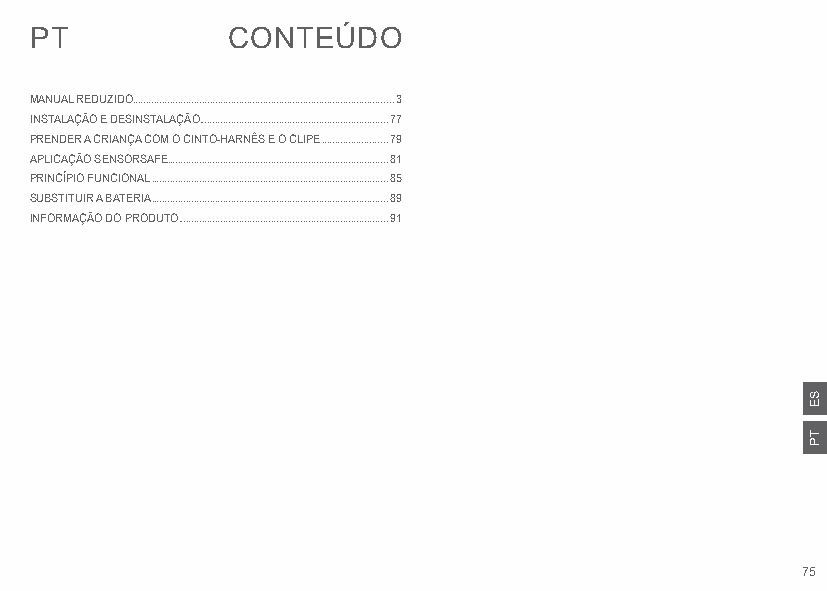
PT           CONTEÚDO
 MANUAL REDUZIDO..................................................................................................3
 INSTALAÇÃO E DESINSTALAÇÃO.......................................................................77
 PRENDER A CRIANÇA COM O CINTO-HARNÊS E O CLIPE .........................79
 APLICAÇÃO SENSORSAFE...................................................................................81
 PRINCÍPIO FUNCIONAL .........................................................................................85
 SUBSTITUIR A BATERIA .........................................................................................89
 INFORMAÇÃO DO PRODUTO ...............................................................................91
 75
 SE
 TP